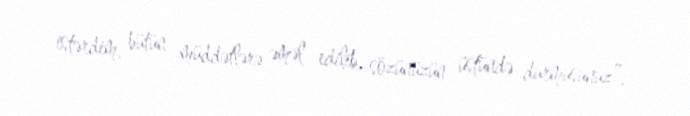
istərdim, bütün müddətlərə əməl edilib, sözünüzün üstündə durmusunuz”.